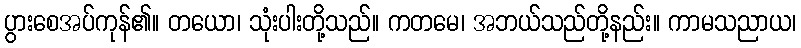
ပွားစေအပ်ကုန်၏။ တယော၊ သုံးပါးတို့သည်။ ကတမေ၊ အဘယ်သည်တို့နည်း။ ကာမသညာယ၊